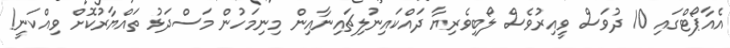
އެއާޕޯޓްގައި 10 ދުވަސް ވީއިރުވެސް ލޯބިވެރިޔާ ދައްކައިނުލިޗައިނާއިން މިނިމަހުން މަސްދަޅު ތައްޔާރުކޮށް ވިއްކަނީ!